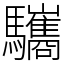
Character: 驨